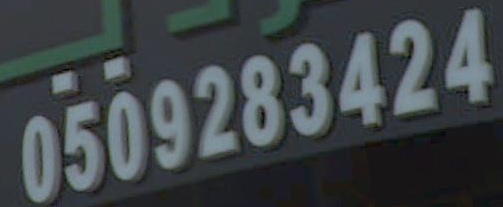
0509283424